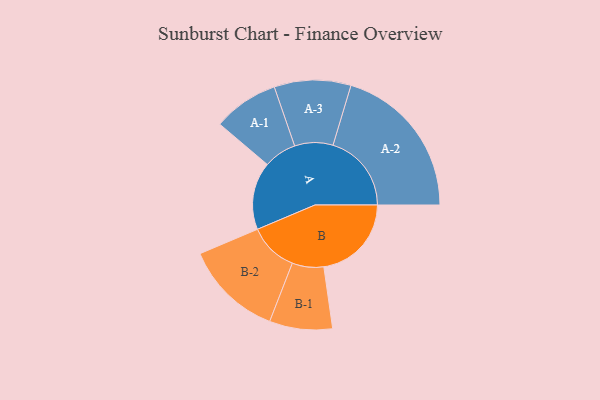
{"axis": {"x": "Segment", "y": "Value"}, "legend": ["", "A", "B"], "data": [{"x": "A", "y": 258, "type": ""}, {"x": "B", "y": 334, "type": ""}, {"x": "A-1", "y": 125, "type": "A"}, {"x": "A-2", "y": 299, "type": "A"}, {"x": "A-3", "y": 146, "type": "A"}, {"x": "B-1", "y": 120, "type": "B"}, {"x": "B-2", "y": 187, "type": "B"}]}